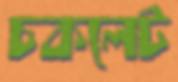
চকলেট